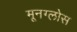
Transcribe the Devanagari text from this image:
मूनग्लोस